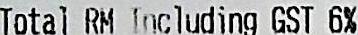
TOTAL RM INCLUDING GST 6%